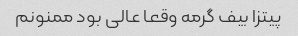
پیتزا بیف گرمه وقعا عالی بود ممنونم